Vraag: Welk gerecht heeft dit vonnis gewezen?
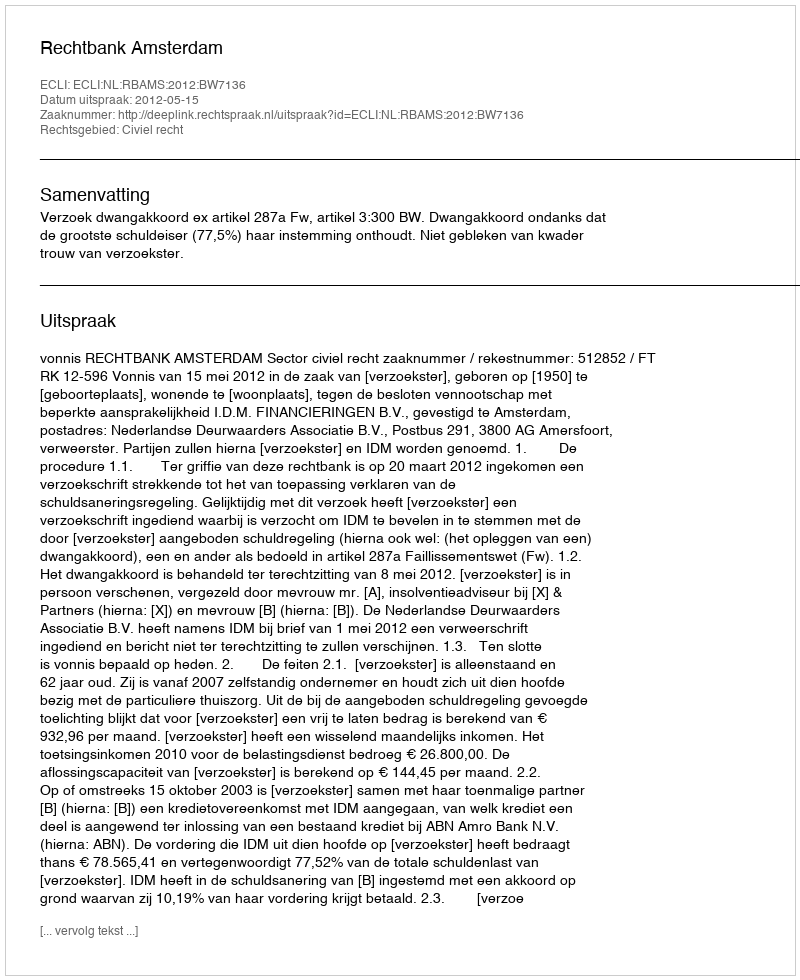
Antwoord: Rechtbank Amsterdam